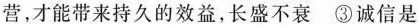
营，才能带来持久的效益，长盛不衰 ③诚信是